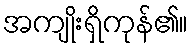
အကျိုးရှိကုန်၏။